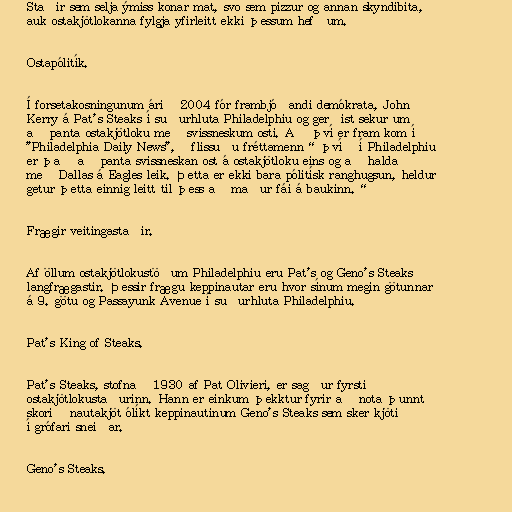
Staðir sem selja ýmiss konar mat, svo sem pizzur og annan skyndibita,
auk ostakjötlokanna fylgja yfirleitt ekki þessum hefðum.

Ostapólitík.

Í forsetakosningunum árið 2004 fór frambjóðandi demókrata, John
Kerry á Pat's Steaks í suðurhluta Philadelphiu og gerðist sekur um
að panta ostakjötloku með svissneskum osti. Að því er fram kom í
"Philadelphia Daily News", „flissuðu fréttamenn“ því „í Philadelphiu
er það að panta svissneskan ost á ostakjötloku eins og að halda
með Dallas á Eagles leik. Þetta er ekki bara pólitísk ranghugsun, heldur
getur þetta einnig leitt til þess að maður fái á baukinn.“

Frægir veitingastaðir.

Af öllum ostakjötlokustöðum Philadelphiu eru Pat's og Geno's Steaks
langfrægastir. Þessir frægu keppinautar eru hvor sínum megin götunnar
á 9. götu og Passayunk Avenue í suðurhluta Philadelphiu.

Pat's King of Steaks.

Pat's Steaks, stofnað 1930 af Pat Olivieri, er sagður fyrsti
ostakjötlokustaðurinn. Hann er einkum þekktur fyrir að nota þunnt
skorið nautakjöt ólíkt keppinautinum Geno's Steaks sem sker kjötið
í grófari sneiðar.

Geno's Steaks.